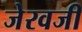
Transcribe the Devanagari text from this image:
जेरवजी